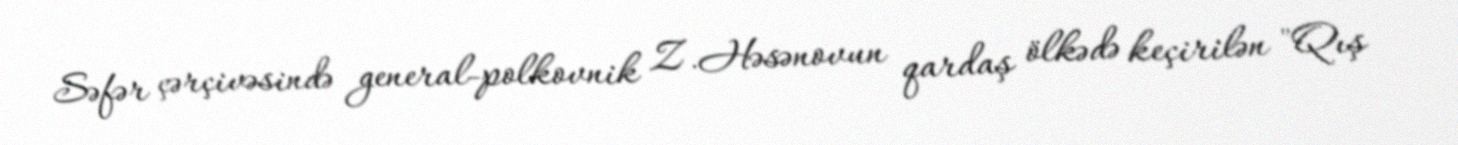
Səfər çərçivəsində general-polkovnik Z.Həsənovun qardaş ölkədə keçirilən "Qış